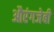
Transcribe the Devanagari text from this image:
औरंगजेबी